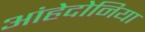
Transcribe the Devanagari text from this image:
आंहेदोनिया